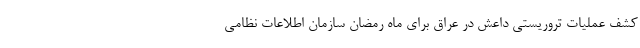
کشف عملیات تروریستی داعش در عراق برای ماه رمضان سازمان اطلاعات نظامی